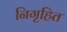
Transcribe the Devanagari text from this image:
निगृहित